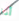
أنا